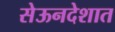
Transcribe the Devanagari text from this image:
सेऊनदेशात